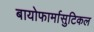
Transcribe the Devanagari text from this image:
बायोफार्मासुटिकल